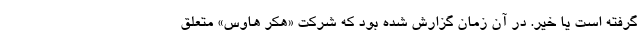
گرفته است یا خیر. در آن زمان گزارش شده بود که شرکت «هکر هاوس» متعلق